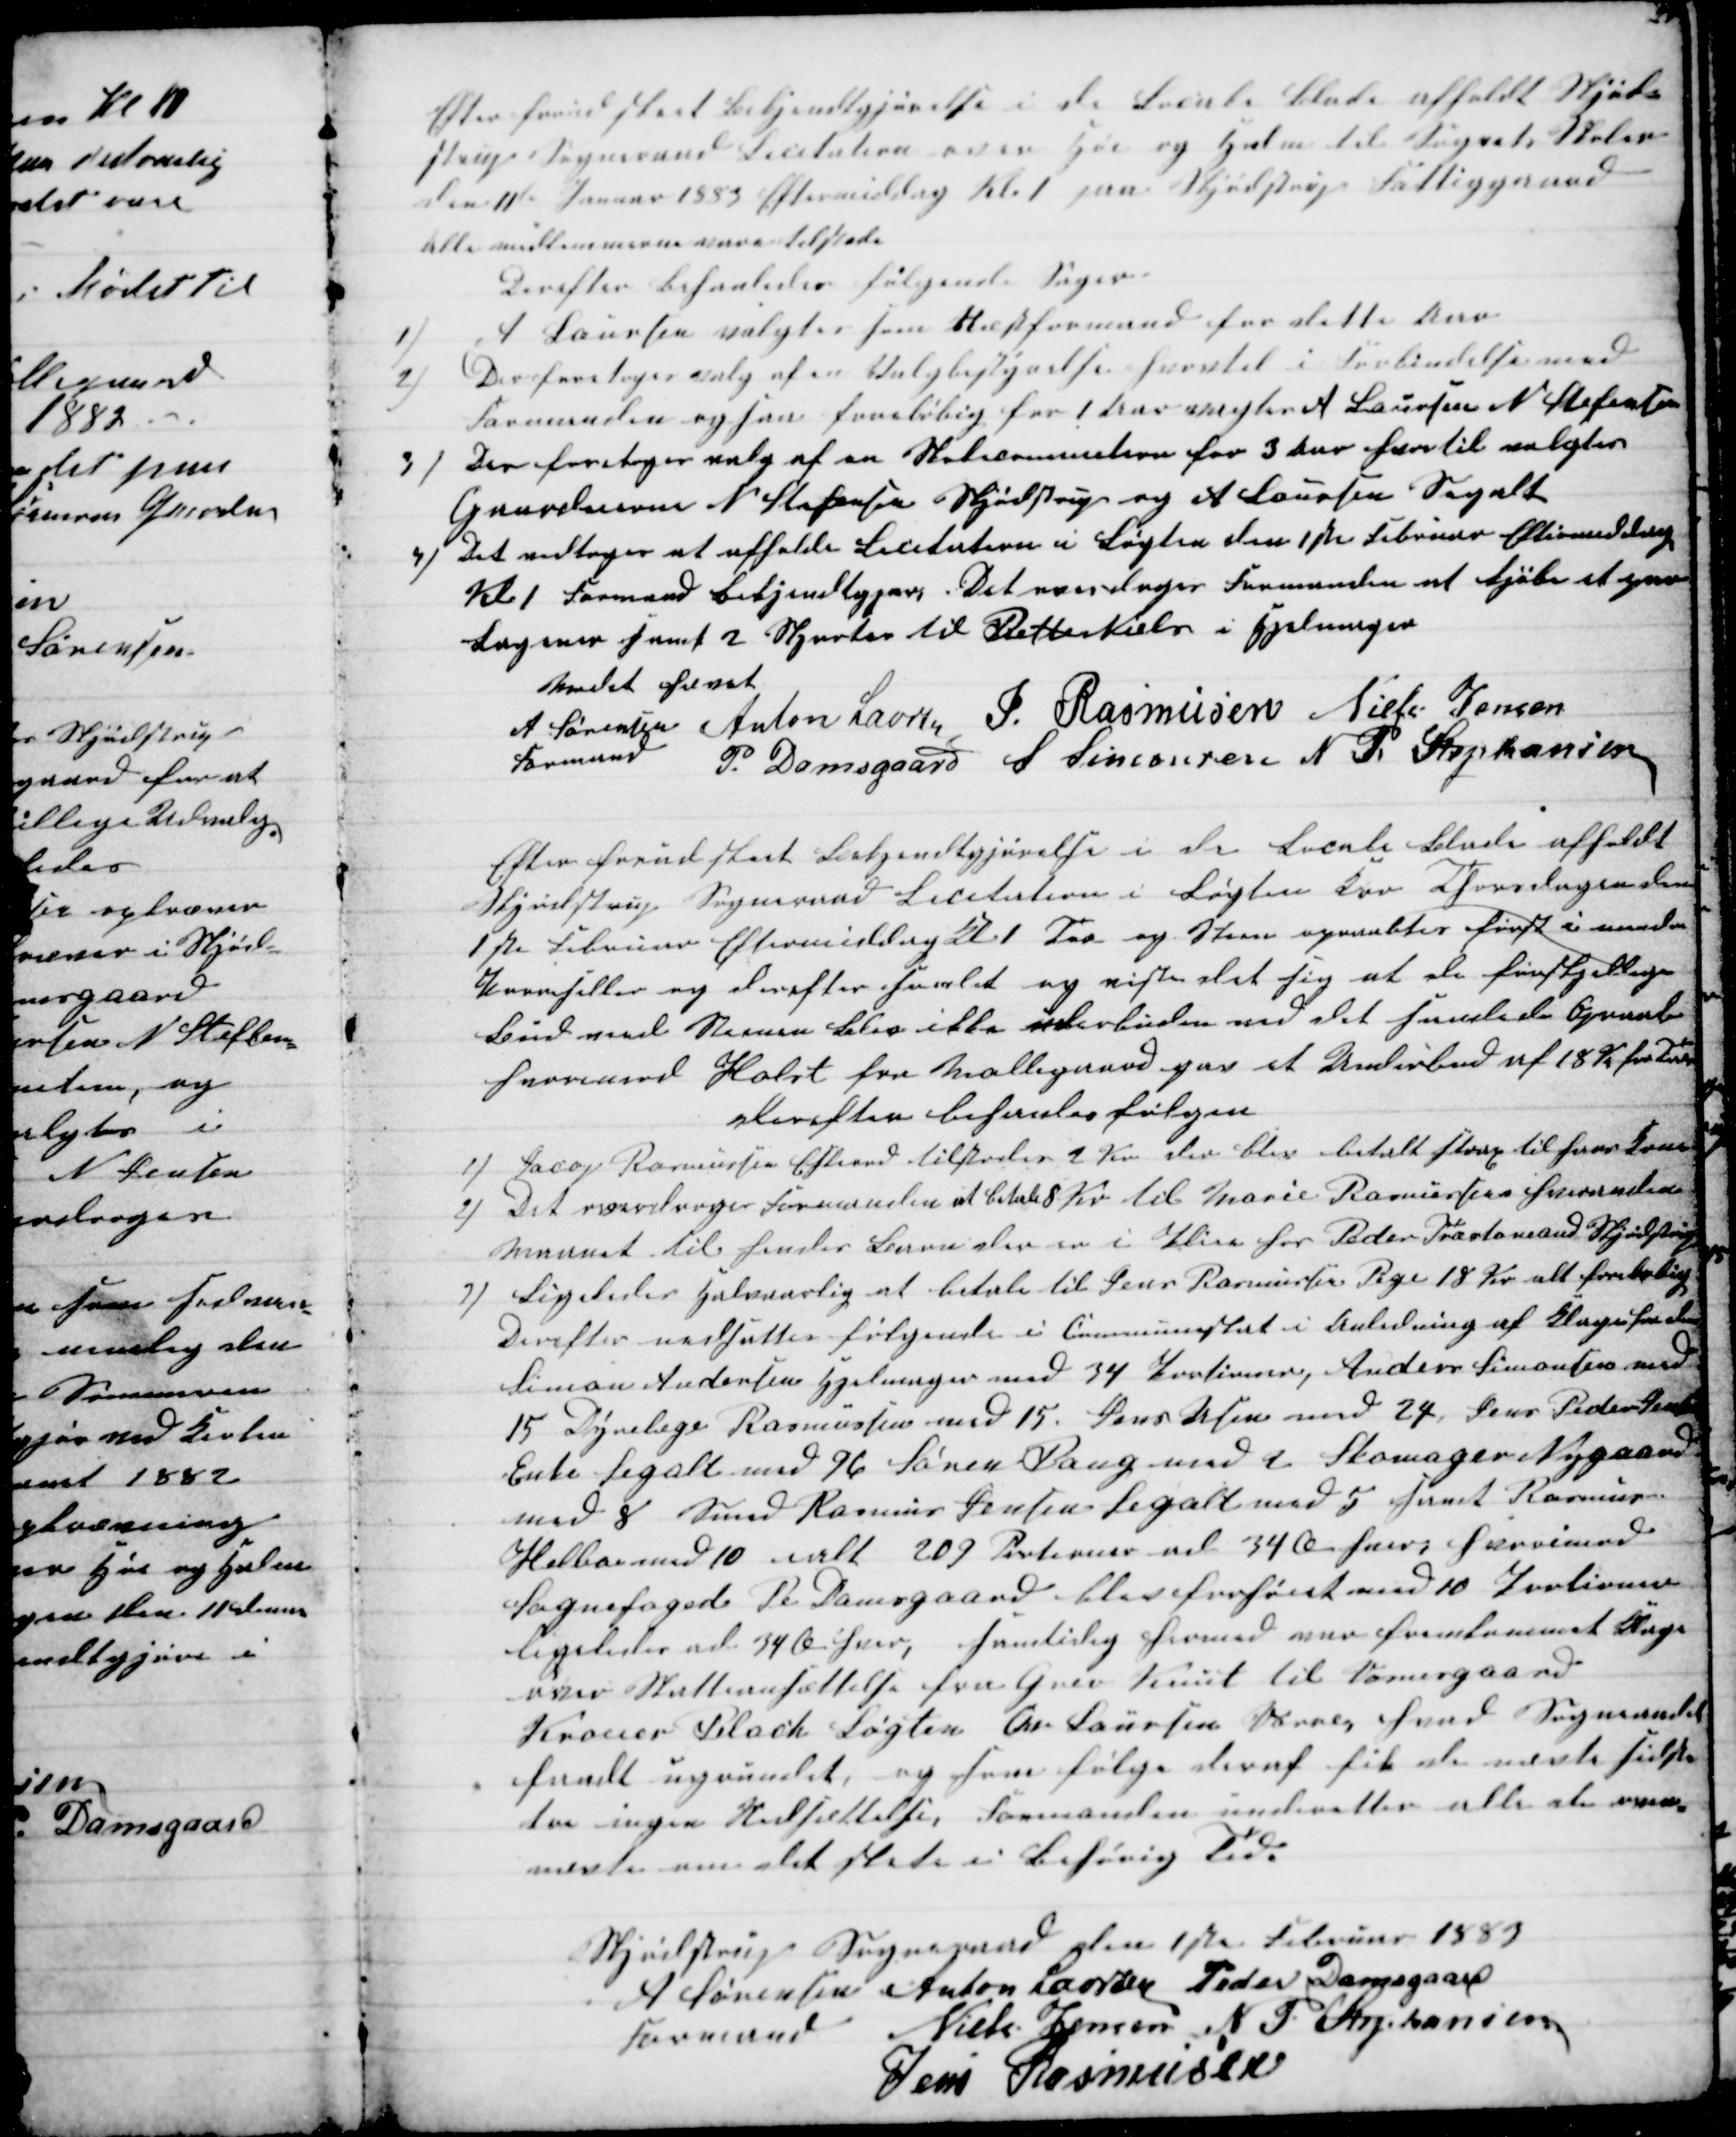
Transskription:
Efter forudgaaet Bekjentgjørelse i de Locale Blade afholdt Skjød-
strup Sogneraad Licitation over Hø og Halm til Sognets Skoler
den 11te Januar 1883 Eftermiddag Kl. 1 paa Skjødstrup Fattiggaard
alle medlemmerne vare tilstede
Derefter behanledes følgende Sager.
1)
A Laursen valgtes som Næstformand for dette Aar
2)
Der foretoges valg af en Valgbestyrelse hvortil i Forbindelse med
Formanden ogsaa foreløbig for 1 Aar valgtes A Laursen N. Stefansen
3)
Der foretoges valg af en Skolecommition for 3 Aar hvortil valgtes
Gaardeierne N. Stefansen Skjødstrup og A Laursen Segalt
4) Det vedtoges at afholde Licitation i Løgten den 1st Februar Eftermiddag
Kl 1 Formand bekjendtgjør. Det overdroges Formanden at Kjøbe et par
Lagner samt 2 Skjorter til Petter Nielsen i Hjelmager
Mødet hævet
A Sørensen 
Formand
Anton Laursen J. Rasmusen Niels Jensen
P. Damsgaard S. Simonsen N. P. Stephansen
Efter forudst Bekjendtgjørelse i de Locale Blade afholdt
Skjødstrup Sogneraad Licitation i Løgten KroThorsdagen den
1ste Februar Eftermiddag Kl 1 Træ og Steen opvaltes først i 
 og derefter samlet og viste det sig at de forskjellige
Bud med Normen Blev ikke underbuden med det samlede Opraab
hvorimod Holst fra Møllegaard paa et Underbud af 18 Kr pr Favn
derefter behanles følgen
1) Jacob Rasmussen Eskerod tilstodes 2 Kr der blev betalt strax til hver Favn
2) Det overdroges Formanden at betale 8 Kr til Marie Rasmussens iherværende
Maaned til hendes Barn der er i Pleie hos Peder Træskomand Skjødstrup
3) Ligeledes Halvaarlig at betale til Jens Rasmussens Pige 18 Kr alt foreløbig
Derefter nedsættes følgende i Communeskat i Anledning af Klager fra dem
Simon Andersen Hjelmager med 34 Portioner, Anders Simonsen med
15 Dyrelæge Rasmussen med 15. Lars Assen med 24, Jens Peder Jensen
Enke Segalt med 96 Søren Bang med 2 Skomager Nygaard
med 8 Smed Rasmus Jensens Segalt med 5 samt Rasmus
Helboe med 10 ialt 209 Portioner ad 34 Øre hver hvorimod
Sognefoged Pe Damsgaard blev forhøiet med 10 Portioner
ligeledes ad 34 Øre hver, samtidig hermed var fremkommet Klage
over Skatteansættelse fra Grev Knuth til Vosnesgaard
Kroeier Black Løgten Chr. Laursen Vorre hvad Sogneraadet
fandt ugrundet, og som følge deraf fik de nævnte sidste
saa ingen Nedsættelse, Formanden underretter alle de oven-
nævnte om det stede i Behørig Tid.
Skjødstrup Sogneraad den 1ste Februar 1883
A Sørensen 
Formand
Anton Laursen Peder Damsgaard
Niels Jensen N P Stephansen
Jens Rasmusen